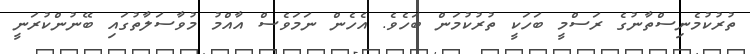
ތުރުކުމެނިސްތާނުގެ ރަސްމީ ބަހަކީ ތުރުކުމަން ބަހެވެ. އެހެން ނަމަވެސް އާއްމު މުވާސަލާތުގައި ބޭނުންކުރަނީ